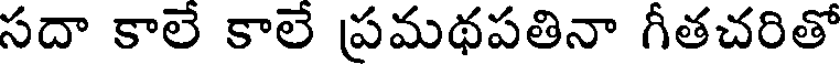
సదా కాలే కాలే ప్రమథపతినా గీతచరితో